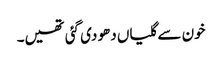
خون سے گلیاں دھو دی گئی تھیں۔